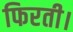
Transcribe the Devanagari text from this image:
फिरती।